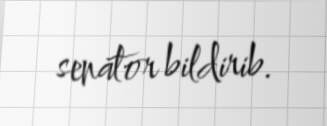
senator bildirib.